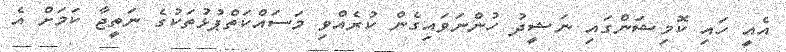
އެއީ ހައި ކޮމިޝަންގައި ނަޝީދު ހުންނަވައިގެން ކުރެއްވި މަސައްކަތްޕުޅުތަކުގެ ނަތީޖާ ކަމަށް އެ